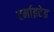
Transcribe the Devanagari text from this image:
टर्माइटेड